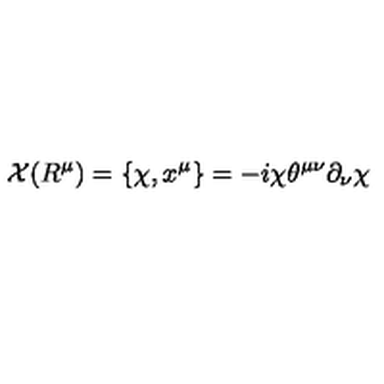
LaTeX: { \cal X } ( R ^ { \mu } ) = \{ { \chi } , x ^ { \mu } \} = - i { \chi } { \theta } ^ { { \mu } { \nu } } { \partial } _ { \nu } { \chi }